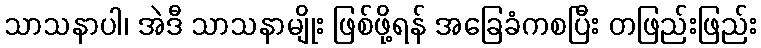
သာသနာပါ၊ အဲဒီ သာသနာမျိုး ဖြစ်ဖို့ရန် အခြေခံကစပြီး တဖြည်းဖြည်း